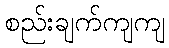
စည်းချက်ကျကျ